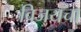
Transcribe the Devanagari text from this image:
विजयचा